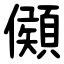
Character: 䫛